Lunatic asylums in Bengal annual reports 1888-1898 - 1888-1898
Year: 1888
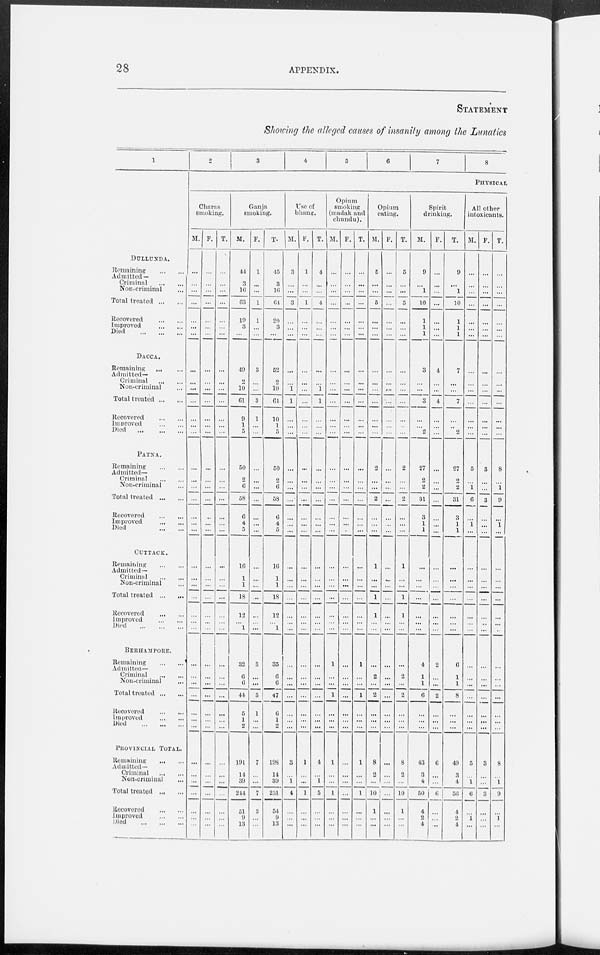
28
APPENDIX.
STATEMENT
Showing the alleged causes of insanity among the Lunatics
1
DULLUNDA.
Remaining ... ....
Admitted —
Criminal
...
...
Non-criminal ...
Total treated
...
...
Recovered
...
...
Improved
...
...
Died ... ... ...
DACCA.
Remaining ... ...
Admitted—
Criminal
...
...
Non-criminal ...
Total treated ... ...
Recovered
...
...
Improved
...
...
Died
...
...
...
PATNA.
Remaining ... ...
Admitted—
Criminal
...
...
Non-criminal ...
Total treated
...
...
Recovered
...
...
Improved
...
...
Died
...
...
CUTTACK.
Remaining ... ...
Admitted—
Criminal
...
...
Non-criminal ... ...
Total treated ...
...
Recovered
...
...
Improved
...
...
Died
...
...
...
BERHAMPORE.
Remaining
...
...
Admitted—
Criminal
...
...
Non-criminal ... ...
Total treated ... ...
Recovered ... ...
Improved
...
...
Died
...
...
...
PROVINCIAL TOTAL.
Remaining
...
...
Admitted—
Criminal
...
...
Non-criminal ... ...
Total treated
...
...
Recovered
...
...
Improved
...
...
Died
...
...
...
2
3
4
5
6
7
8
PHYSICAL
Charas
smoking.
M.
...
...
...
...
...
...
...
...
...
...
...
...
...
...
...
...
...
...
...
...
...
...
...
...
...
...
...
...
...
...
...
...
...
...
...
...
...
...
...
...
...
...
F.
...
...
...
...
...
...
...
...
...
...
...
...
...
...
...
...
...
...
...
...
...
...
...
...
...
...
...
...
...
...
...
...
...
...
...
...
...
...
...
...
...
T.
...
...
...
...
...
...
...
...
...
...
...
...
...
...
...
...
...
...
...
...
...
...
...
...
...
...
...
...
...
...
...
...
...
...
...
...
...
...
...
...
...
...
Ganja
smoking.
M.
44
3
10
63
19
3
...
49
2
10
61
9
1
5
50
2
6
58
6
4
5
16
1
1
18
12
...
1
32
6
6
44
5
1
2
191
14
39
244
51
9
13
F.
1
...
...
1
1
...
...
3
...
...
3
1
...
...
...
...
...
...
...
...
...
...
...
...
...
...
...
...
3
...
...
3
1
...
...
7
...
...
7
3
...
...
T.
45
3
10
64
20
3
...
52
2
10
64
10
1
5
50
2
6
58
6
4
5
16
1
1
18
12
...
1
35
6
6
47
6
1
2
198
14
39
251
54
9
13
Use of
bhang.
M.
3
...
...
3
...
...
...
...
...
1
1
...
...
...
...
...
...
...
...
...
...
...
...
...
...
...
...
...
...
...
...
...
...
...
...
3
...
1
4
...
...
...
F.
1
...
...
1
...
...
...
...
...
...
...
...
...
...
...
...
...
...
...
...
...
...
...
...
...
...
...
...
...
...
...
...
...
...
1
...
...
1
...
...
...
T.
4
...
...
4
...
...
...
...
...
1
1
...
...
...
...
...
...
...
...
...
...
...
...
...
...
...
...
...
...
...
...
...
...
...
...
4
...
1
5
...
...
...
Opium
smoking
(madak and
chundu).
M.
...
...
...
...
...
...
...
...
...
...
...
...
...
...
...
...
...
...
...
...
...
...
...
...
...
...
...
...
1
...
...
1
...
...
...
1
...
...
1
...
...
...
F.
...
...
...
...
...
...
...
...
...
...
...
...
...
...
...
...
...
...
...
...
...
...
...
...
...
...
...
...
...
...
...
...
...
...
...
...
...
...
...
...
...
...
T.
...
...
...
...
...
...
...
...
...
...
...
...
...
...
...
...
...
...
...
...
...
...
...
...
...
...
...
...
1
...
...
1
...
...
...
1
...
...
1
...
...
...
Opium
eating.
M.
5
...
...
5
...
...
...
...
...
...
...
...
...
...
2
...
...
2
...
...
...
1
...
...
1
1
...
...
...
2
...
2
...
...
...
8
2
...
10
1
...
...
F.
...
...
...
...
...
...
...
...
...
...
...
...
...
...
...
...
...
...
...
...
...
...
...
...
...
...
...
...
...
...
...
...
...
...
...
...
...
...
...
...
...
...
T.
5
...
...
5
...
...
...
...
...
...
...
...
...
...
2
...
...
2
...
...
...
1
...
...
1
1
...
...
...
2
...
2
...
...
...
8
2
...
10
1
...
...
Spirit
drinking.
M.
9
...
1
10
1
1
1
3
...
...
3
...
...
2
27
2
2
31
3
1
1
...
...
...
...
...
...
...
4
1
1
6
...
...
...
43
3
4
50
4
2
4
F.
...
...
...
...
...
...
...
4
...
...
4
...
...
...
...
...
...
...
...
...
...
...
...
...
...
...
...
...
2
...
...
2
...
...
...
6
...
...
...
...
...
...
T.
9
...
1
10
1
1
1
7
...
...
7
...
...
2
27
2
2
31
3
1
1
...
...
...
...
...
...
...
6
1
1
8
...
...
...
49
3
4
56
4
2
4
All other
intoxicants.
M.
...
...
...
...
...
...
...
...
...
...
...
...
...
...
5
...
1
6
...
1
...
...
...
...
...
...
...
...
...
...
...
...
...
...
...
5
...
1
6
...
1
...
F.
...
...
...
...
...
...
...
...
...
...
...
...
...
...
3
...
...
3
...
...
...
...
...
...
...
...
...
...
...
...
...
...
...
...
...
3
...
...
3
...
...
...
T.
...
...
...
...
...
...
...
...
...
...
...
...
...
...
8
...
1
9
...
1
...
...
...
...
...
...
...
...
...
...
...
...
...
...
...
8
...
1
9
...
1
...